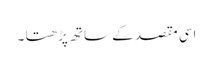
اسی مقصد کے ساتھ پڑھتا ۔